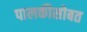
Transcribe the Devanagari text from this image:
पालकीसोबत